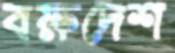
বক্ষদেশ